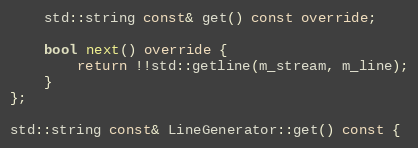
Language: C++
    std::string const& get() const override;

    bool next() override {
        return !!std::getline(m_stream, m_line);
    }
};

std::string const& LineGenerator::get() const {